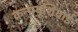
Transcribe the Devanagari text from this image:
कन्फ़्यूशियाई